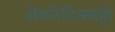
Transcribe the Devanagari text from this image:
ॲथलेटिक्सही